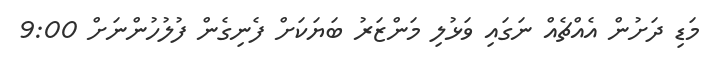
މަޑި ދަށުން އެއްޗެއް ނަގައި ވަޅުލި މަންޒަރު ބަޔަކަށް ފެނިގެން ފުލުހުންނަށް 9:00